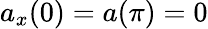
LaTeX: a_{x}(0)=a(\pi)=0